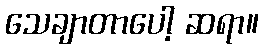
သေချာတာပေါ့ ဆရာ။